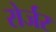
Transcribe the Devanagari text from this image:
रोर्जर